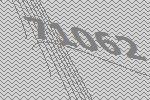
71062